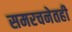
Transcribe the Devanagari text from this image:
समरचनेतही